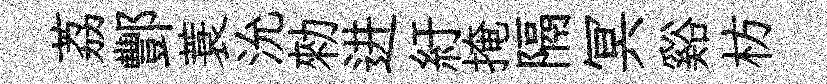
荔酆蓑沇勑进紆掩隔冥谿枋